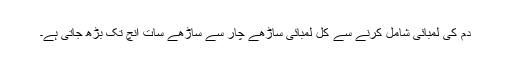
دم کی لمبائی شامل کرنے سے کل لمبائی ساڑھے چار سے ساڑھے سات انچ تک بڑھ جاتی ہے۔